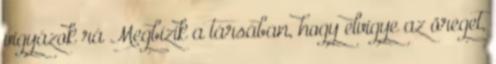
vigyázok rá Megbízik a társában, hogy elvigye az öreget,